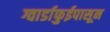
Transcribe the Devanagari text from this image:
ग्वार्डाफुईपासून